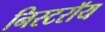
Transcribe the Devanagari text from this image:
निस्टरॉय